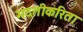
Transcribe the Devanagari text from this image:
मदतीकरिता